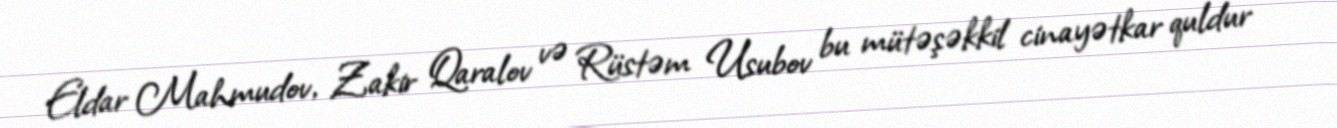
Eldar Mahmudov, Zakir Qaralov və Rüstəm Usubov bu mütəşəkkil cinayətkar quldur